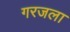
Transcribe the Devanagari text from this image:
गरजला